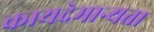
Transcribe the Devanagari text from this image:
कायदेमान्यता